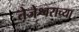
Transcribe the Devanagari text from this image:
तेजेश्वराच्या